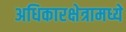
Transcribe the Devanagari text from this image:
अधिकारक्षेत्रामध्ये